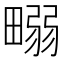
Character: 𤲹